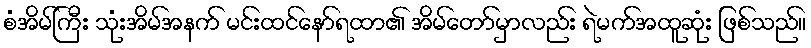
စံအိမ်ကြီး သုံးအိမ်အနက် မင်းထင်နော်ရထာ၏ အိမ်တော်မှာလည်း ရဲမက်အထူဆုံး ဖြစ်သည်။